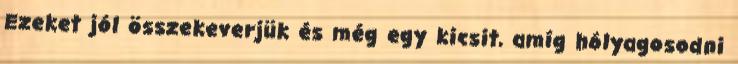
Ezeket jól összekeverjük és még egy kicsit, amíg hólyagosodni